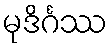
မုဒိင်္ဂဿ